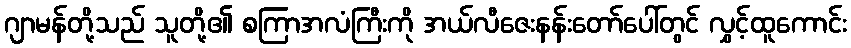
ဂျာမန်တို့သည် သူတို့၏ စကြာအလံကြီးကို အယ်လီဇေးနန်းတော်ပေါ်တွင် လွှင့်ထူကောင်း